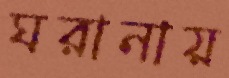
ঘরানায়